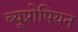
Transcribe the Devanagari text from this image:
ब्यूप्रोपियन